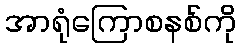
အာရုံကြောစနစ်ကို